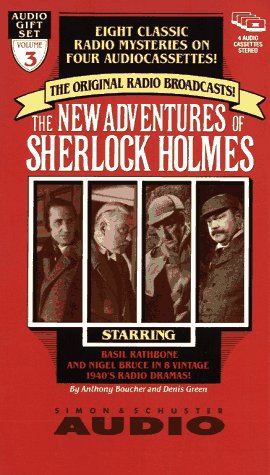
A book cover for The New Adventures of Sherlock Holmes, Vol. 3; Anthony Boucher; Humor & Entertainment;